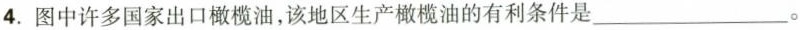
4.图中许多国家出口橄榄油，该地区生产橄榄油的有利条件是___。